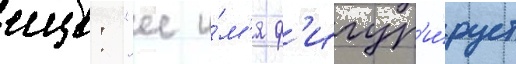
еще: "ее и́м'я ф'игур'и́рует